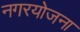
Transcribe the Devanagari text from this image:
नगरयोजना